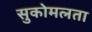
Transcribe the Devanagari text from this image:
सुकोमलता